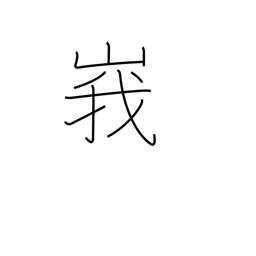
Meaning: lofty